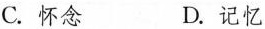
C.怀念 D.记忆